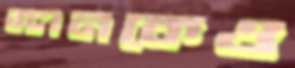
ম্যানকেও